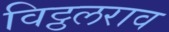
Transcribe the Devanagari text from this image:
विट्ठलराव